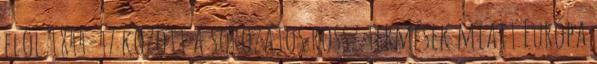
elől 1844-47 között a sorozatos rossz termések miatt Európa